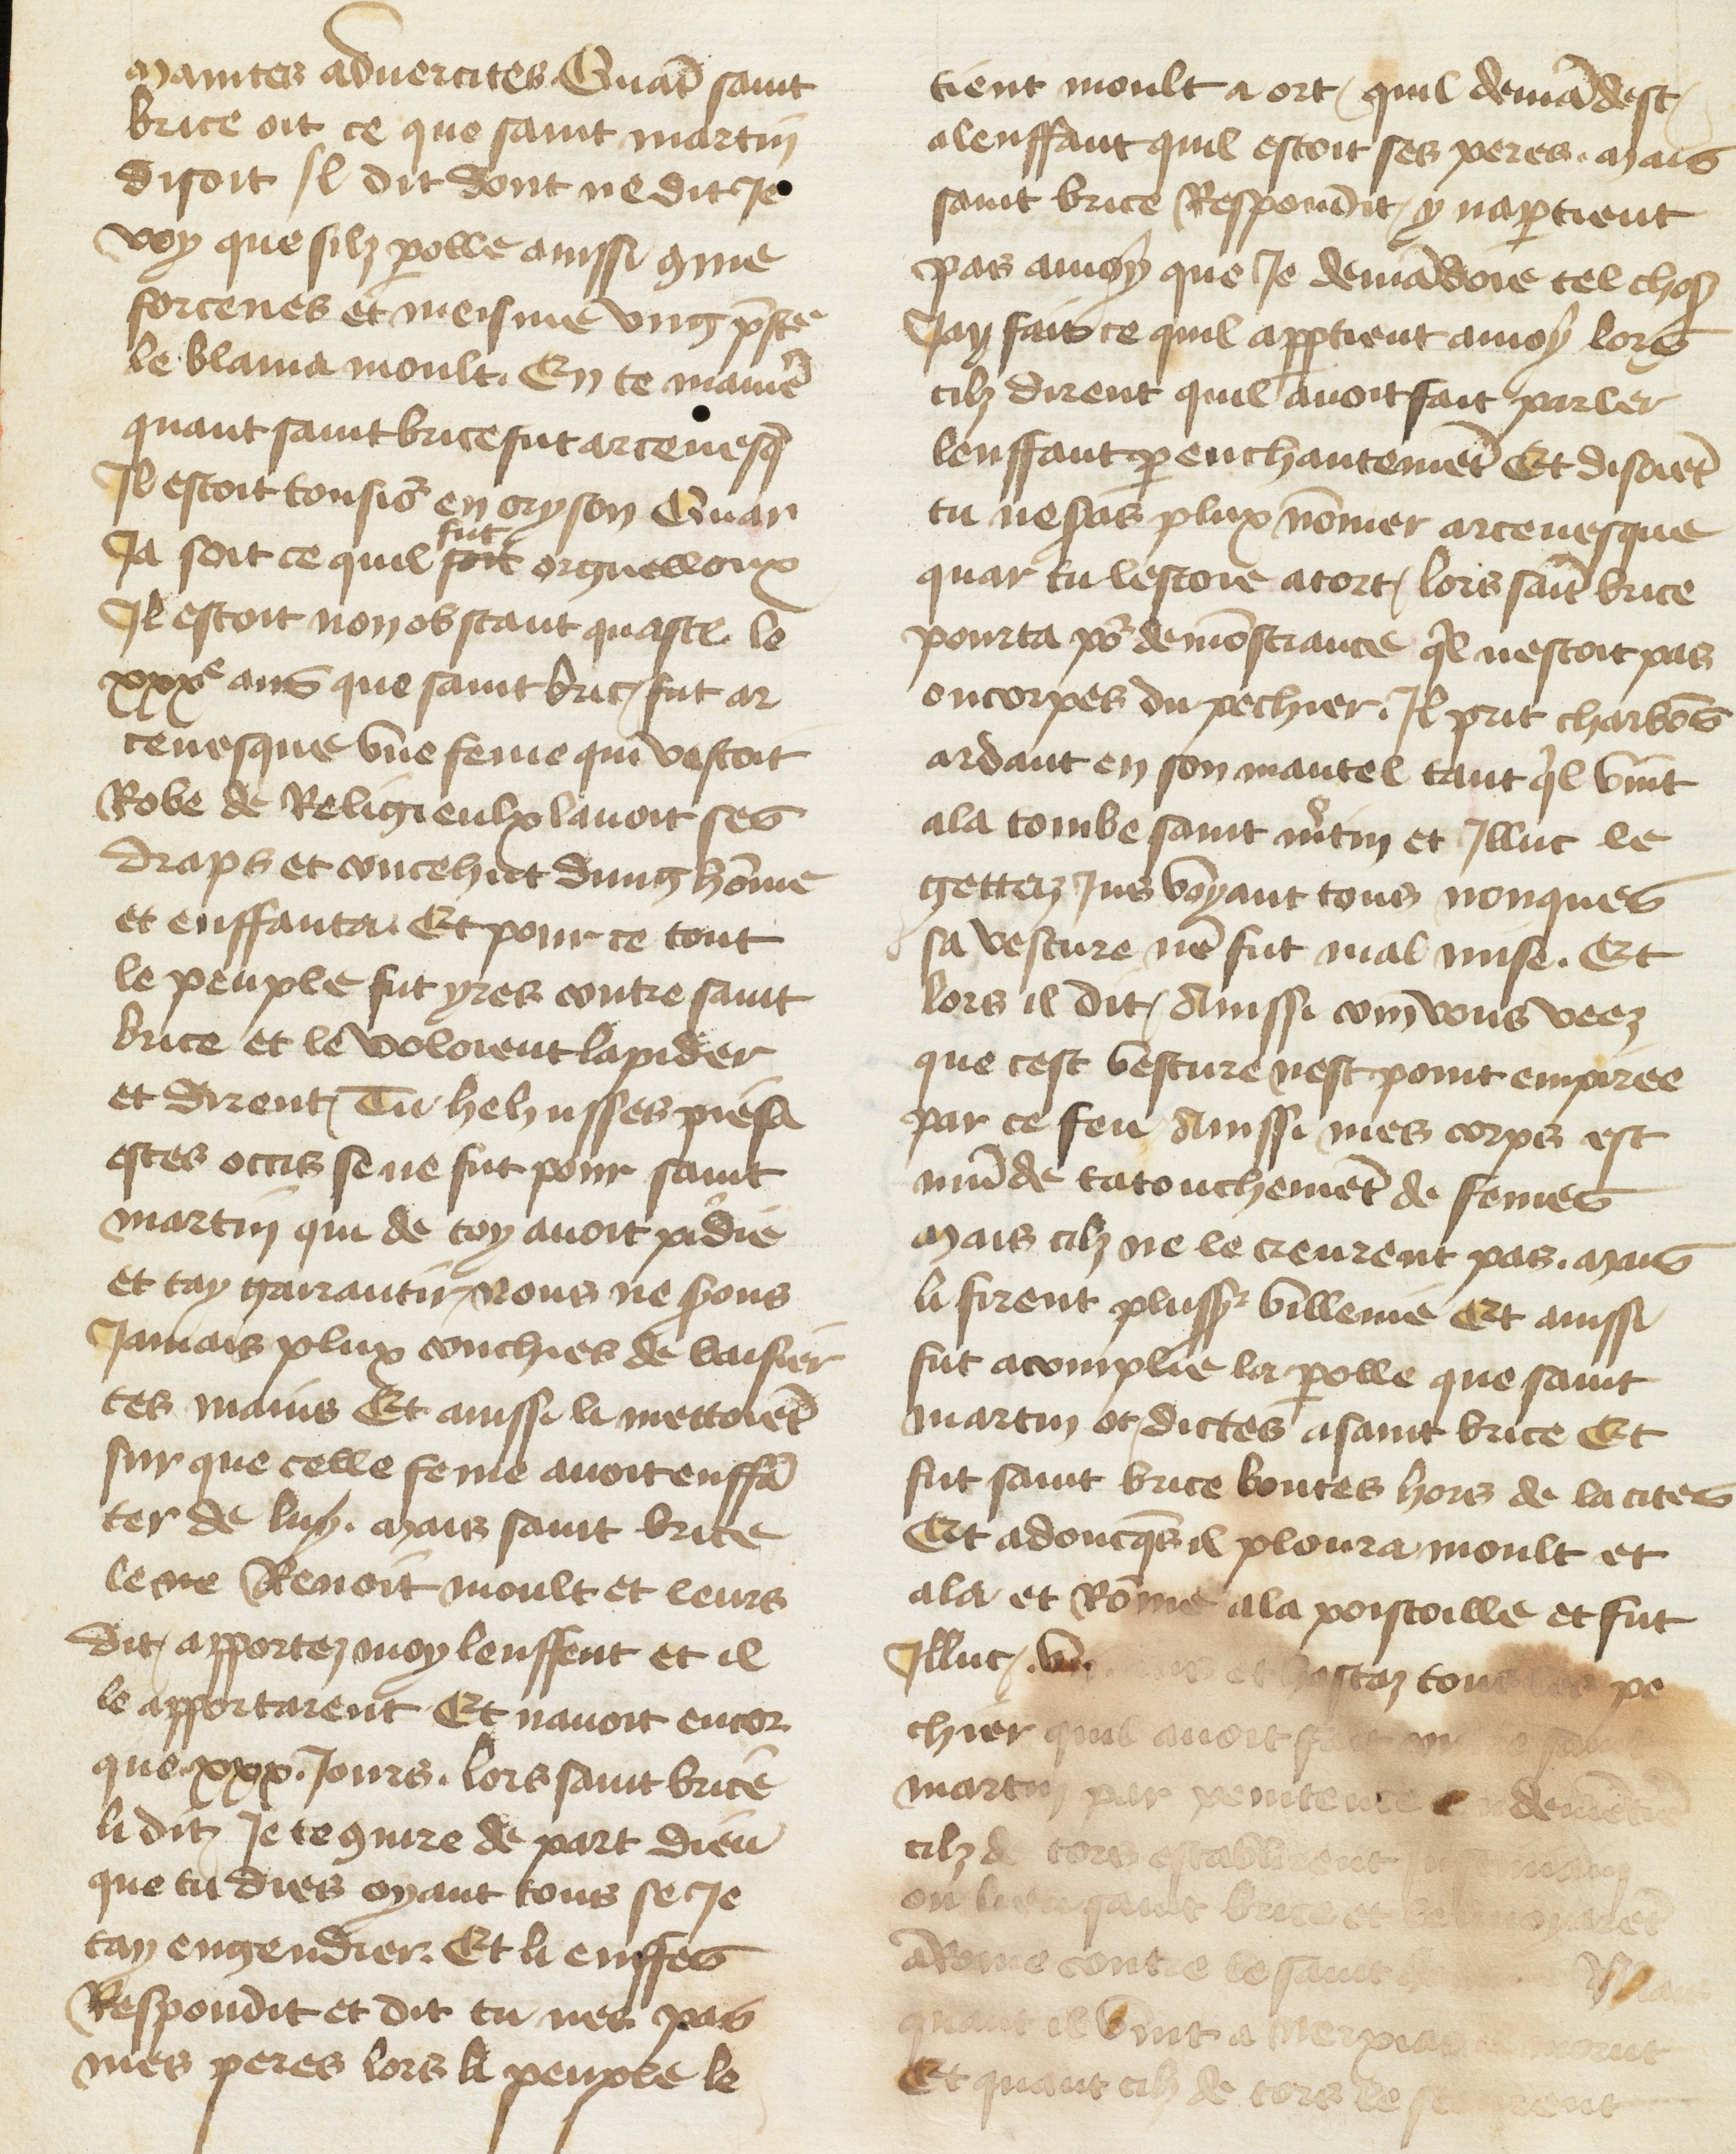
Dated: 1400–1499